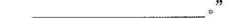
_______________。”